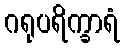
ဂရုပရိက္ခာရံ